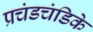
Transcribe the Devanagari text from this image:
प्रचंडचंडिके